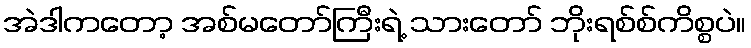
အဲဒါကတော့ အစ်မတော်ကြီးရဲ့ သားတော် ဘိုးရစ်စ်ကိစ္စပဲ။